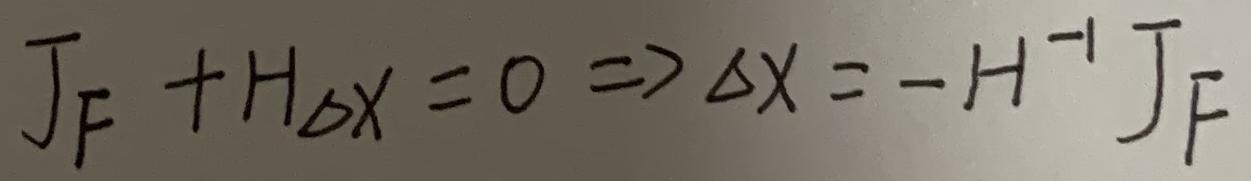
\[ J_F + H_{\Delta x} = 0 \Rightarrow \Delta x = -H^{-1} J_F \]